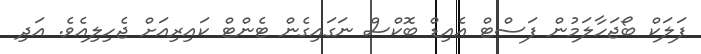
ފަލަކް ބޯޖަހާލަމުން ފަސްޓް އެއިޑް ބޮކްސް ނަގައިގެން ޓެންޓް ކައިރިއަށް ޖެހިލިއެވެ. އަދި